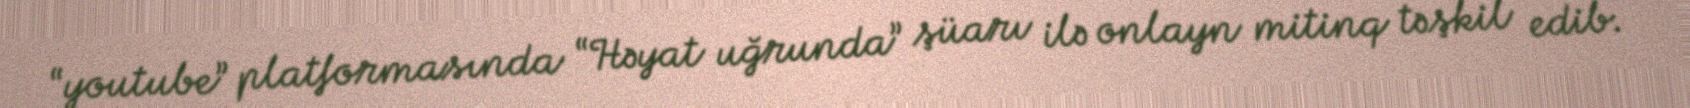
“youtube” platformasında “Həyat uğrunda” şüarı ilə onlayn mitinq təşkil edib.